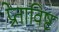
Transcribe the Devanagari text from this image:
प्रेताविष्ट